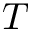
T